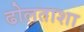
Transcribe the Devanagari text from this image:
ढोलताशा